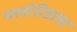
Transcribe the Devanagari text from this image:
फ्लोरिडाला